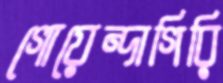
গোয়েন্দাগিরি